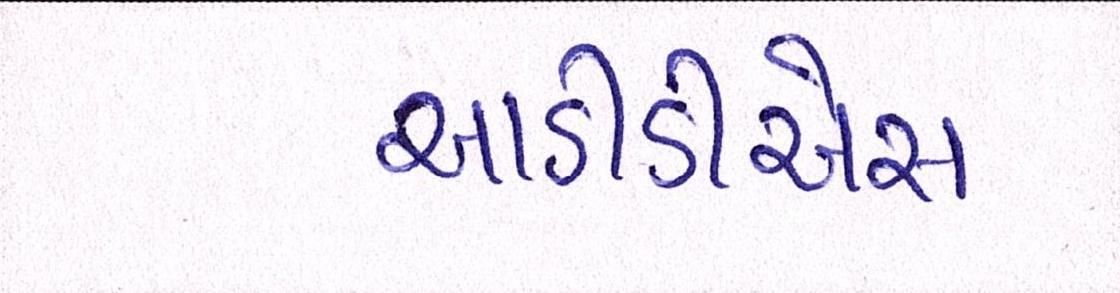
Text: આઈડીએસ